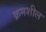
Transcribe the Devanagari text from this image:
क्रमशील